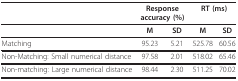
<table><thead><tr><td></td><td colspan="2"><b>Response accuracy (%)</b></td><td colspan="2"><b>RT (ms)</b></td></tr></thead><tbody><tr><td></td><td><b>M</b></td><td><b>SD</b></td><td><b>M</b></td><td><b>SD</b></td></tr><tr><td>Matching</td><td>95.23</td><td>5.21</td><td>525.78</td><td>60.56</td></tr><tr><td>Non-Matching: Small numerical distance</td><td>97.58</td><td>2.01</td><td>518.02</td><td>65.46</td></tr><tr><td>Non-matching: Large numerical distance</td><td>98.44</td><td>2.30</td><td>511.25</td><td>70.02</td></tr></tbody></table>